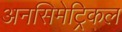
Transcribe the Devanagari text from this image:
अनसिमेट्रिकल